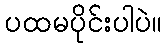
ပထမပိုင်းပါပဲ။